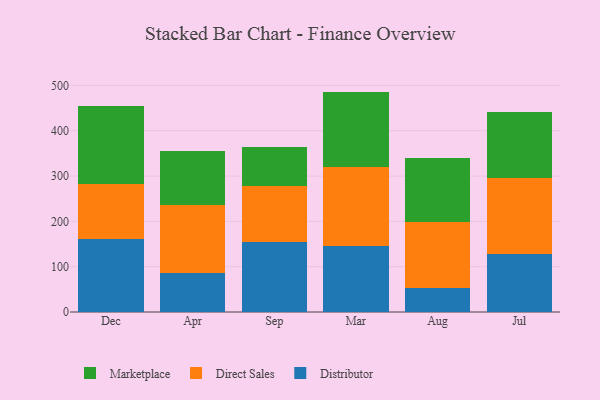
{"axis": {"x": "Month", "y": "Shipments"}, "legend": ["Direct Sales", "Distributor", "Marketplace"], "data": [{"x": "Dec", "y": 161.4, "type": "Distributor"}, {"x": "Dec", "y": 120.2, "type": "Direct Sales"}, {"x": "Dec", "y": 172.4, "type": "Marketplace"}, {"x": "Apr", "y": 87.1, "type": "Distributor"}, {"x": "Apr", "y": 148.2, "type": "Direct Sales"}, {"x": "Apr", "y": 120.8, "type": "Marketplace"}, {"x": "Sep", "y": 153.7, "type": "Distributor"}, {"x": "Sep", "y": 124.5, "type": "Direct Sales"}, {"x": "Sep", "y": 86.8, "type": "Marketplace"}, {"x": "Mar", "y": 144.9, "type": "Distributor"}, {"x": "Mar", "y": 176.0, "type": "Direct Sales"}, {"x": "Mar", "y": 165.5, "type": "Marketplace"}, {"x": "Aug", "y": 52.8, "type": "Distributor"}, {"x": "Aug", "y": 146.3, "type": "Direct Sales"}, {"x": "Aug", "y": 141.5, "type": "Marketplace"}, {"x": "Jul", "y": 127.0, "type": "Distributor"}, {"x": "Jul", "y": 168.0, "type": "Direct Sales"}, {"x": "Jul", "y": 145.4, "type": "Marketplace"}]}